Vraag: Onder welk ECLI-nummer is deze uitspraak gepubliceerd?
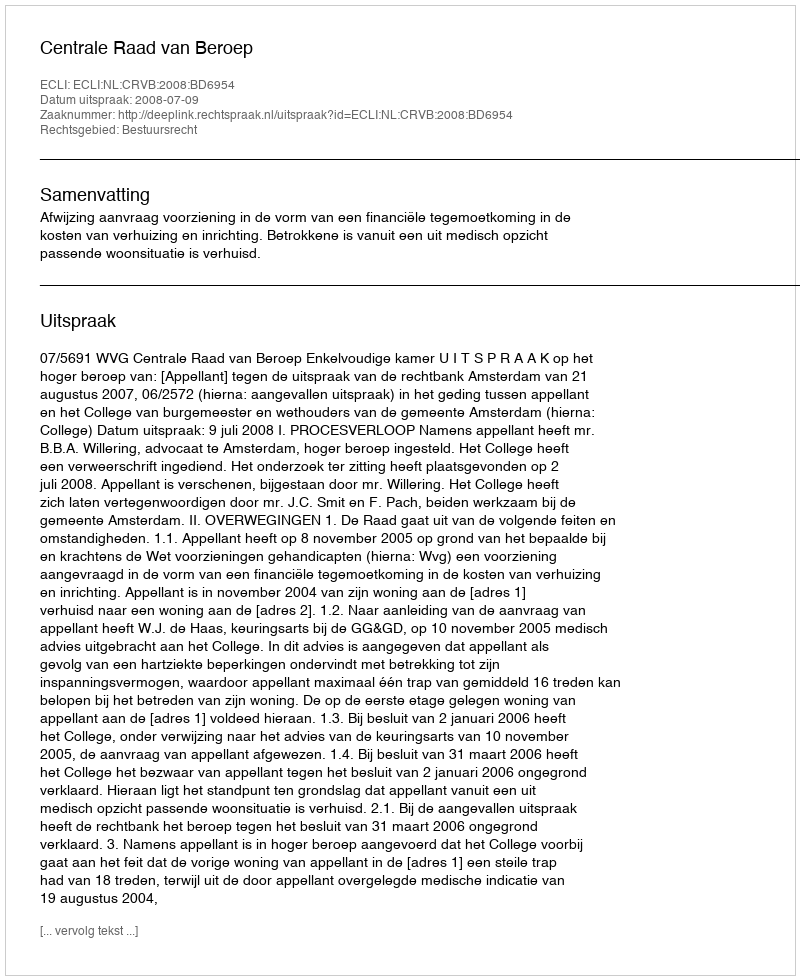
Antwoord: ECLI:NL:CRVB:2008:BD6954